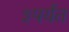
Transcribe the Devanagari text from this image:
३पर्यंत